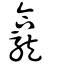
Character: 龕